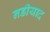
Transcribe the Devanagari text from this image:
नडीयाद